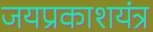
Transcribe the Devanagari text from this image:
जयप्रकाशयंत्र